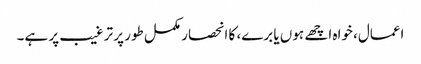
اعمال، خواہ اچھے ہوں یا برے، کا انحصار مکمل طور پر ترغیب پر ہے۔